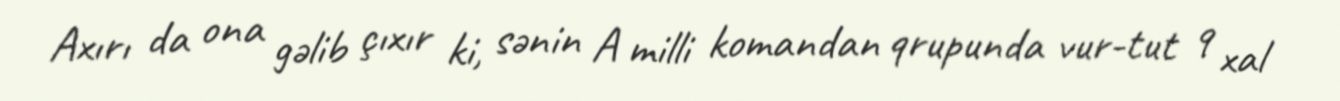
Axırı da ona gəlib çıxır ki, sənin A milli komandan qrupunda vur-tut 9 xal